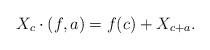
LaTeX: \begin{align*}X_c \cdot (f,a)=f(c)+X_{c+a}.\end{align*}